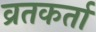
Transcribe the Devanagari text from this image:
व्रतकर्ता